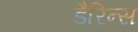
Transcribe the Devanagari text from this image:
डैरिन्स